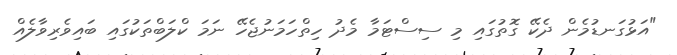
"އަޅުގަނޑުމެން ދެކޭ ގޮތުގައި މި ސިސްޓަމާ މެދު ހިތްހަމަނުޖެހޭ ނަމަ ކްލަބްތަކުގައި ބައިވެރިވާލެއް